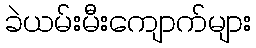
ခဲယမ်းမီးကျောက်များ